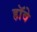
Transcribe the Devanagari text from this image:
हॉवे